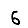
Digit: 6